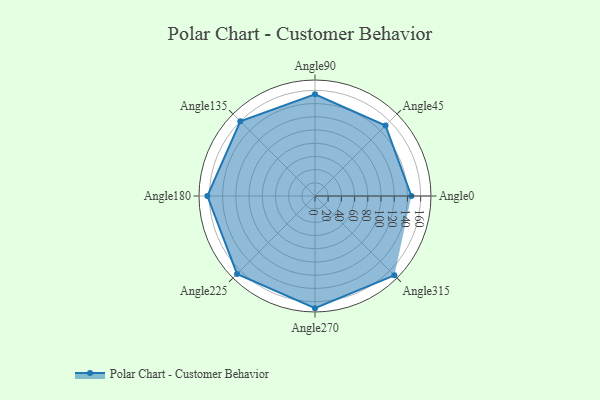
{"axis": {"x": "Angle", "y": "Radius"}, "legend": [""], "data": [{"x": "Angle0", "y": 146.0, "type": ""}, {"x": "Angle45", "y": 151.0, "type": ""}, {"x": "Angle90", "y": 154.0, "type": ""}, {"x": "Angle135", "y": 160.0, "type": ""}, {"x": "Angle180", "y": 163.0, "type": ""}, {"x": "Angle225", "y": 167.0, "type": ""}, {"x": "Angle270", "y": 170, "type": ""}, {"x": "Angle315", "y": 170, "type": ""}]}